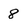
Character: 8